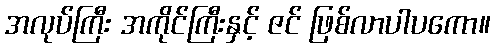
အလုပ်ကြီး အကိုင်ကြီးနှင့် ဇင် ဖြစ်လာပါပကော။